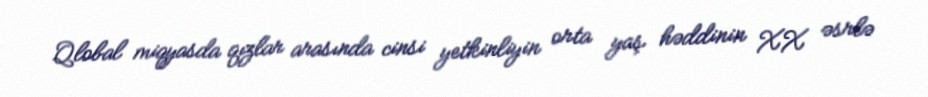
Qlobal miqyasda qızlar arasında cinsi yetkinliyin orta yaş həddinin XX əsrlə